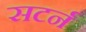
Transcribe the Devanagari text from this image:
सटर्न